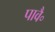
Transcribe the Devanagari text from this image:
पावै॰